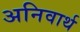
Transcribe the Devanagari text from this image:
अनिवार्थ